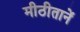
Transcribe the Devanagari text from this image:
मीठीतानें